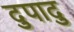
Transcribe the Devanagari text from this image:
दुपादु